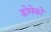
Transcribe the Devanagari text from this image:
डोमेको